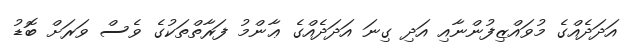
އަދަދެއްގެ މުވައްޒިފުންނާއި އަދި ގިނަ އަދަދެއްގެ ޢާންމު ފަރާތްތަކުގެ ވެސް ވަރަށް ބޮޑު